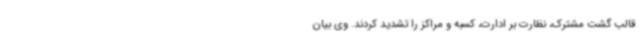
قالب گشت مشترک، نظارت بر ادارت، کسبه و مراکز را تشدید کردند. وی بیان